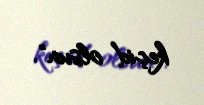
keçid olsun".